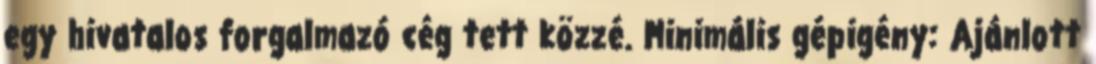
egy hivatalos forgalmazó cég tett közzé. Minimális gépigény: Ajánlott